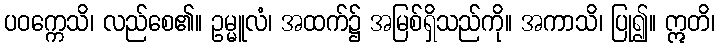
ပဝက္ကေသိ၊ လည်စေ၏။ ဥမ္မူလံ၊ အထက်၌ အမြစ်ရှိသည်ကို။ အကာသိ၊ ပြု၍။ ဣတိ၊